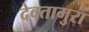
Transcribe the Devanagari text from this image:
देवतामुरा